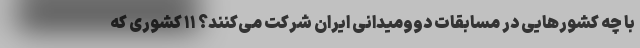
با چه کشورهایی در مسابقات دوومیدانی ایران شرکت می‌کنند؟ ۱۱ کشوری که